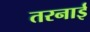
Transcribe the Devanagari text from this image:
तरनाई